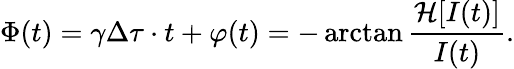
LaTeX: \Phi(t)=\gamma\Delta\tau\cdot t+\varphi(t)=-\arctan\frac{\mathcal{H}[I(t)]}{I(t)}.